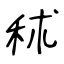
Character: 秫